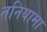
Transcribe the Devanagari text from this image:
तनियामा